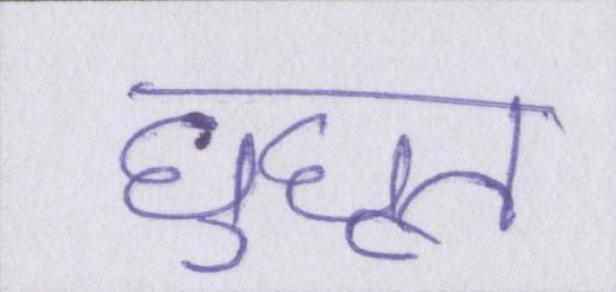
घुघूत